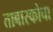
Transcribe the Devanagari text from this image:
ताबास्कोचा